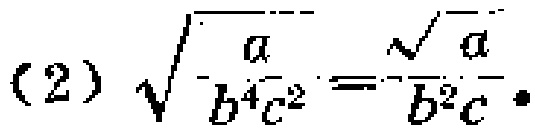
(2) $\sqrt{\frac{a}{b^{4}c^{2}}}=\frac{\sqrt{a}}{b^{2}c}$